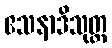
ဧသနာဒိသုတ္တ